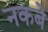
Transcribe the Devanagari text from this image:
नकबे